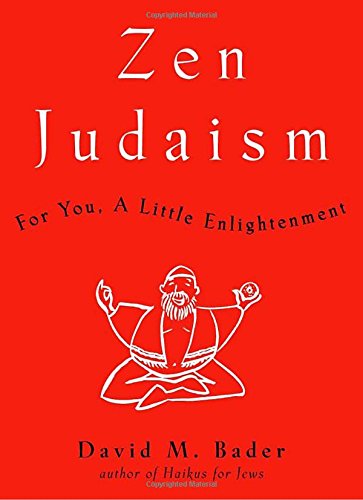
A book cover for Zen Judaism: For You, A Little Enlightenment; David M. Bader; Humor & Entertainment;